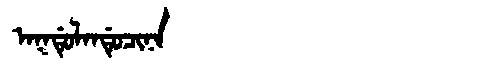
Manchu: ᠠᡴᡩᡠᠯᠠᠨᡩᡠᠴᡳᠨᠠ
Romanization: AKDULANDUCINA